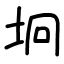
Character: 坰